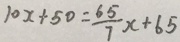
1 0 x + 5 0 = \frac { 6 5 } { 7 } x + 6 5